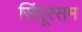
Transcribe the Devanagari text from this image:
सिंदूरसम